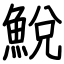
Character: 鮵